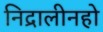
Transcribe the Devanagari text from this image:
निद्रालीनहो